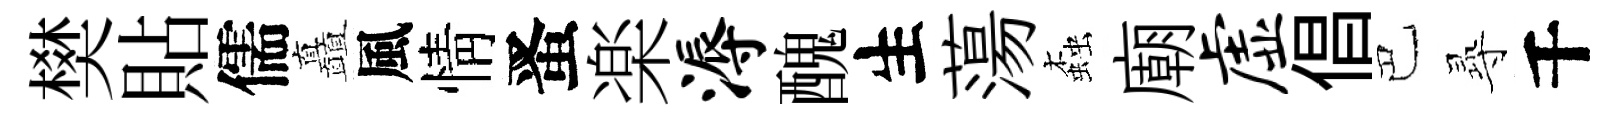
樊貼儒矗風情󱉠楽溽醜生蕩螙廟虚倡巴𡬶千